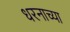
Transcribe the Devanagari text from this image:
धरनाच्या